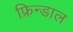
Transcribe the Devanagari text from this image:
फ्रिन्डाल